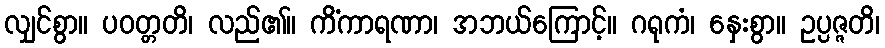
လျှင်စွာ။ ပဝတ္တတိ၊ လည်၏။ ကိံကာရဏာ၊ အဘယ်ကြောင့်။ ဂရုကံ၊ နှေးစွာ။ ဥပ္ပဇ္ဇတိ၊